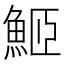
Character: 䱌